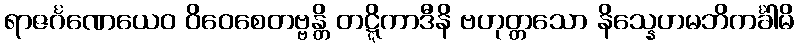
ရာဇင်္ဂဏေယေဝ ဝိဝေစေတဗ္ဗန္တိ တဋ္ဋိကာဒီနိ ဗဟုတ္တသော နိသ္နေဟမဘိကင်္ခါမိ